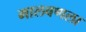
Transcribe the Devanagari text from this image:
मालवणला